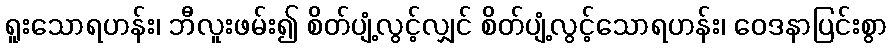
ရူးသောရဟန်း၊ ဘီလူးဖမ်း၍ စိတ်ပျံ့လွင့်လျှင် စိတ်ပျံ့လွင့်သောရဟန်း၊ ဝေဒနာပြင်းစွာ